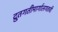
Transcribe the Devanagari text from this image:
द्रुतगतीमार्गालगतची